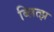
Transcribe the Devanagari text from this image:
ब्लित्झ